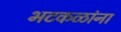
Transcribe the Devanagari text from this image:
भटकळांना